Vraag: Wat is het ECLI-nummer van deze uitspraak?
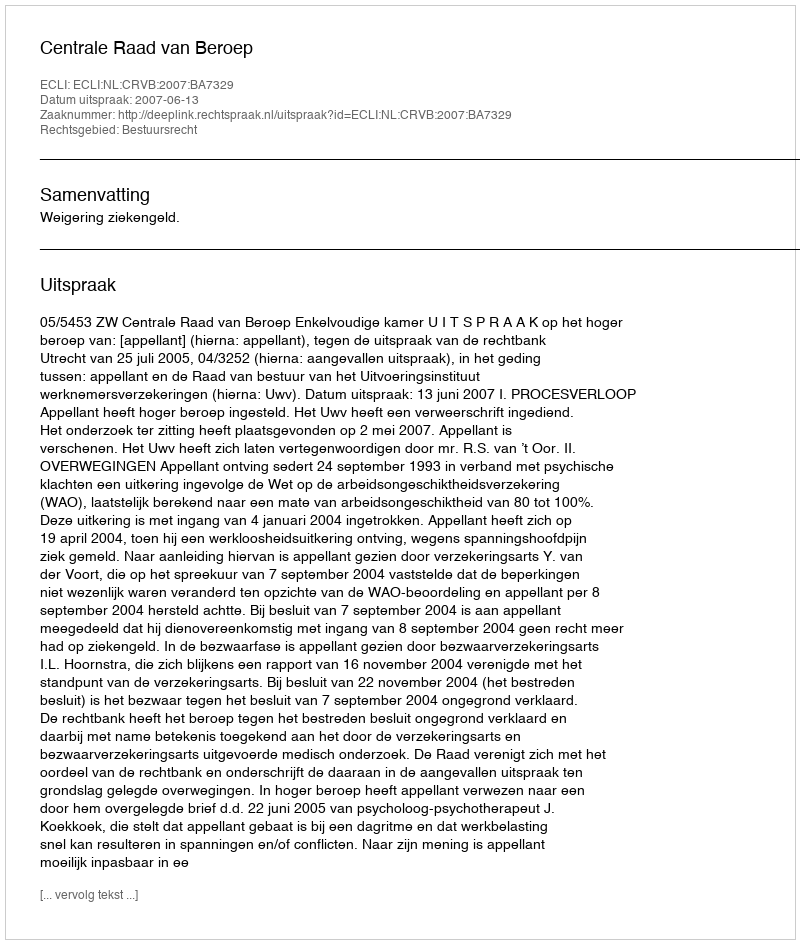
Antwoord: ECLI:NL:CRVB:2007:BA7329